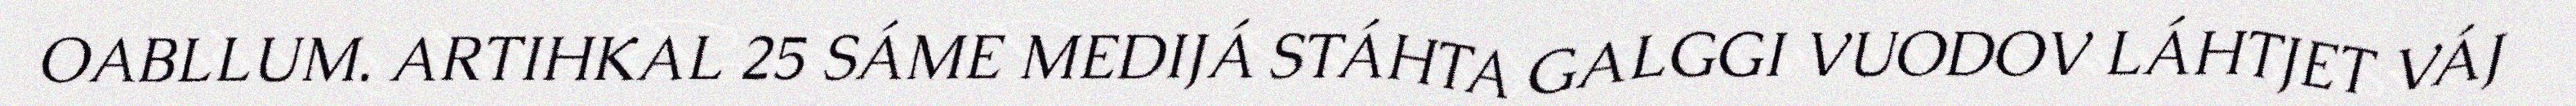
OABLLUM. ARTIHKAL 25 SÁME MEDIJÁ STÁHTA GALGGI VUODOV LÁHTJET VÁJ